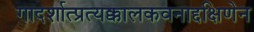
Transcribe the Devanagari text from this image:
गादर्शात्प्रत्यक्कालकवनाद्दक्षिणेन